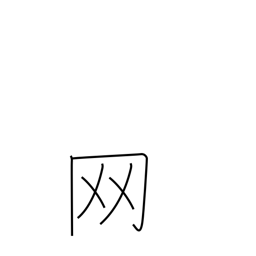
Meaning: net or net crown radical (no. 122)